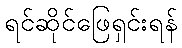
ရင်ဆိုင်ဖြေရှင်းရန်